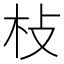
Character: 𣏽